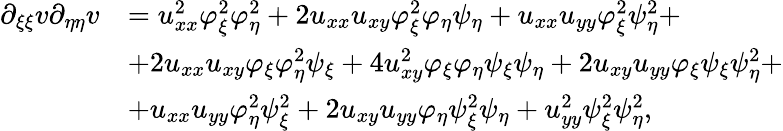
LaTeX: \begin{array}{rl}{\partial_{\xi\xi}v\partial_{\eta\eta}v}&{=u_{xx}^{2}\varphi_{\xi}^{2}\varphi_{\eta}^{2}+2u_{xx}u_{xy}\varphi_{\xi}^{2}\varphi_{\eta}\psi_{\eta}+u_{xx}u_{yy}\varphi_{\xi}^{2}\psi_{\eta}^{2}+}\\ &{+2u_{xx}u_{xy}\varphi_{\xi}\varphi_{\eta}^{2}\psi_{\xi}+4u_{xy}^{2}\varphi_{\xi}\varphi_{\eta}\psi_{\xi}\psi_{\eta}+2u_{xy}u_{yy}\varphi_{\xi}\psi_{\xi}\psi_{\eta}^{2}+}\\ &{+u_{xx}u_{yy}\varphi_{\eta}^{2}\psi_{\xi}^{2}+2u_{xy}u_{yy}\varphi_{\eta}\psi_{\xi}^{2}\psi_{\eta}+u_{yy}^{2}\psi_{\xi}^{2}\psi_{\eta}^{2},}\end{array}